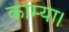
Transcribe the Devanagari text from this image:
काम्या।